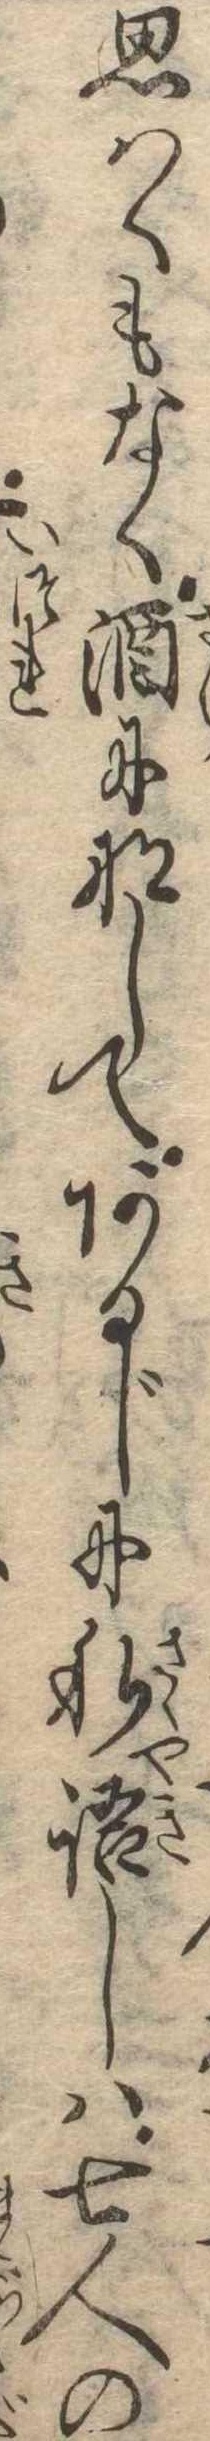
思はくもなく酒になしてあるじに私語しは七人の